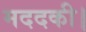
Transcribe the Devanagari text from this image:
मददकी।